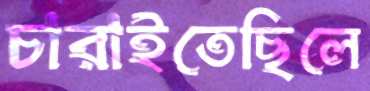
চারাইতেছিলে